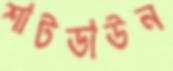
শাটডাউন